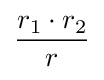
{\frac {r_{1}\cdot r_{2}}{r}}